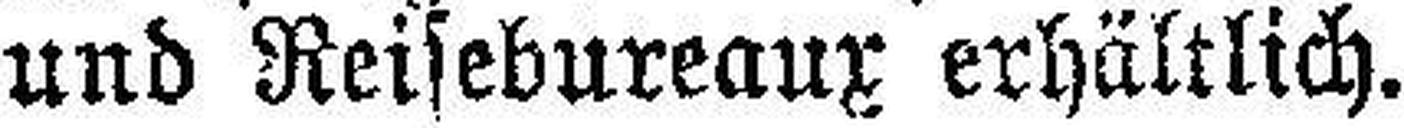
und Reisebureaux erhältlich.